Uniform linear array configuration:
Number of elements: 12
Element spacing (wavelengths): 0.5
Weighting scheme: hann
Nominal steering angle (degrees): -30
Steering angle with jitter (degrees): -29.268
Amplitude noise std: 0.05
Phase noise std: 0.05

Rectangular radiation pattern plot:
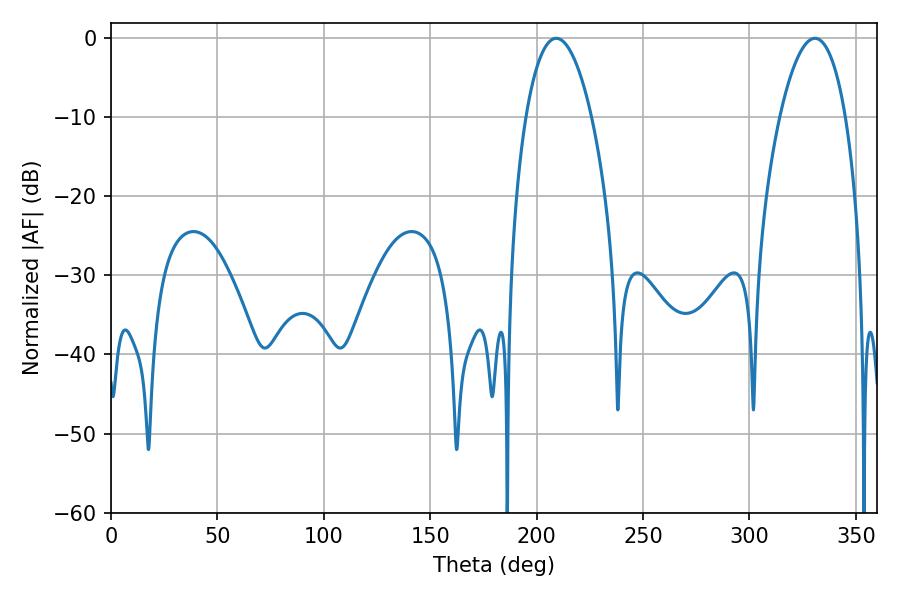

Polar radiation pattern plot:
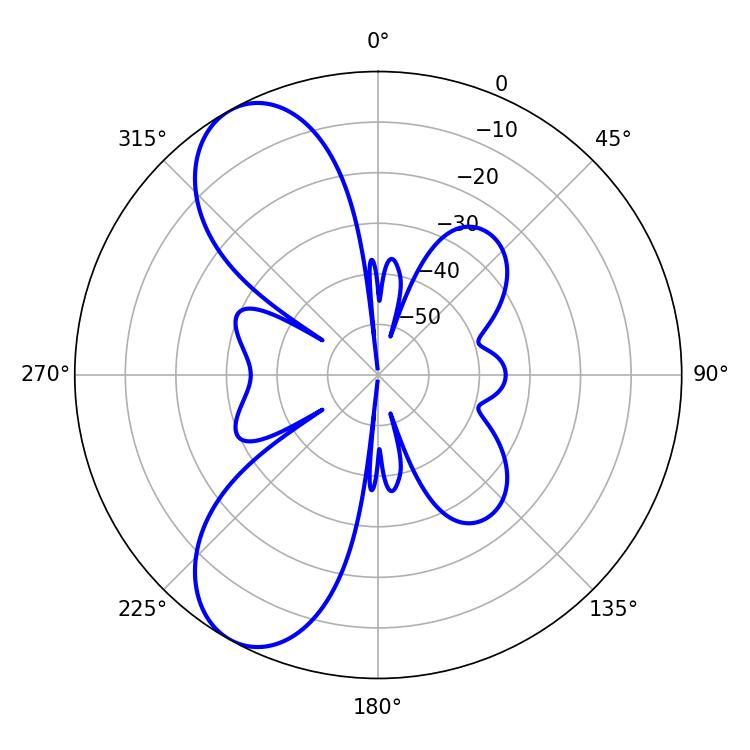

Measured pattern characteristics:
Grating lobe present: FALSE
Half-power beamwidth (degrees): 17.1
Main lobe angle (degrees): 209.16